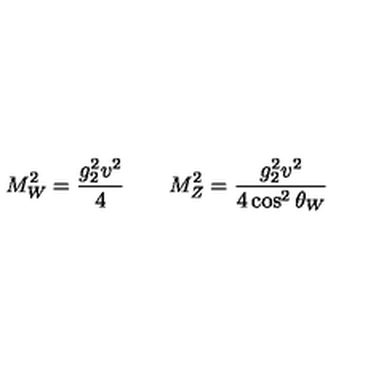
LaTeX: M _ { W } ^ { 2 } = { \frac { g _ { 2 } ^ { 2 } v ^ { 2 } } { 4 } } \qquad M _ { Z } ^ { 2 } = { \frac { g _ { 2 } ^ { 2 } v ^ { 2 } } { 4 \cos ^ { 2 } \theta _ { W } } }